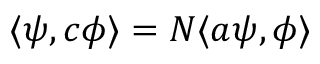
\langle \psi , c \phi \rangle = N \langle a \psi , \phi \rangle